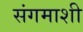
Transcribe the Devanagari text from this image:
संगमाशी